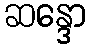
ဆန္ဒော